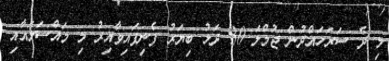
މި ދެ ސަރަހައްދުން ޖުމްލަ 30 ދަޅު ބިޔަރު ފެނިފައިވާއިރު މި މައްސަލައާއި